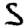
Digit: 5